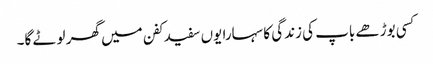
کسی بوڑھے باپ کی زندگی کا سہارا یوں سفید کفن میں گھر لوٹے گا۔